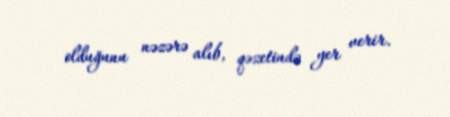
olduğunu nəzərə alıb, qəzetində yer verir.